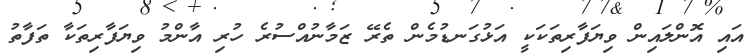
އައި އޮންލައިން ވިޔަފާރިތަކަކީ އަޅުގަނޑުމެން ތެރޭ ޒަމާނުއްސުރެ ހުރި އާންމު ވިޔަފާރިތަކާ ތަފާތު